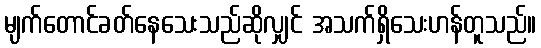
မျက်တောင်ခတ်နေသေးသည်ဆိုလျှင် အသက်ရှိသေးဟန်တူသည်။